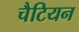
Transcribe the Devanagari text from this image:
चैटियन